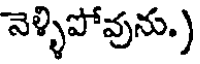
నెళ్ళిపోవును.)